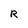
Character: R